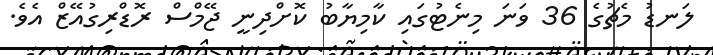
ލަނޑު މެޗުގެ 36 ވަނަ މިނެޓުގައި ކާމިޔާބު ކޮށްދިނީ ޖޭމްސް ރޮޑްރިގުއޭޒް އެވެ.